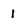
Character: i